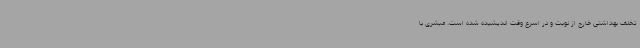
تخلف بهداشتی خارج از نوبت و در اسرع وقت اندیشیده شده است. مبشری با